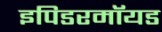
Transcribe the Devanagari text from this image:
इपिडरमॉयड